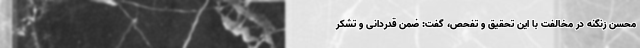
محسن زنگنه در مخالفت با این تحقیق و تفحص، گفت: ضمن قدردانی و تشکر